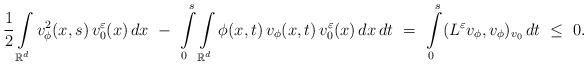
LaTeX: \begin{align*}\frac12 \int\limits_{\mathbb{R}^d} v_\phi^2 (x,s) \, v_0^\varepsilon(x) \, dx \ - \ \int\limits_0^s \int\limits_{\mathbb{R}^d} \phi (x,t) \, v_\phi(x,t) \, v_0^\varepsilon(x) \, dx \, dt \ = \ \int\limits_0^s (L^\varepsilon v_\phi, v_\phi)_{v_0} \, dt \ \le \ 0.\end{align*}